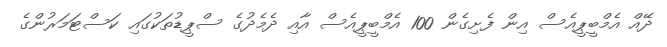
ދޭއް އެމްބީޕީއެސް އިން ފެށިގެން 100 އެމްބީޕީއެސް އާއި ދެމެދުގެ ސްޕީޑުތަކުގައި ކަސްޓަމަރުންގެ